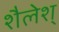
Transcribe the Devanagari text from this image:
शैलेश्